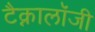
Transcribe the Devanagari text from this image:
टैक्नालॉजी